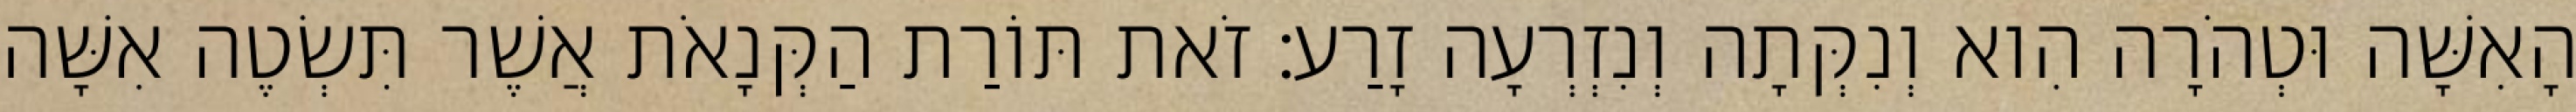
הָאִשָּׁה וּטְהֹרָה הִוא וְנִקְּתָה וְנִזְרְעָה זָרַע׃ זֹאת תּוֹרַת הַקְּנָאֹת אֲשֶׁר תִּשְׂטֶה אִשָּׁה